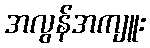
အလွန်အကျူး